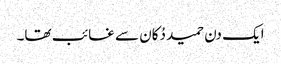
ایک دن حمید دُکان سے غائب تھا۔